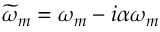
\widetilde { \omega } _ { m } = \omega _ { m } - i \alpha \omega _ { m }